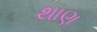
થાણ